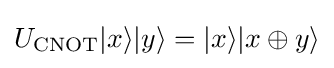
U_{\text{CNOT}}|x\rangle |y\rangle =|x\rangle |x\oplus y\rangle